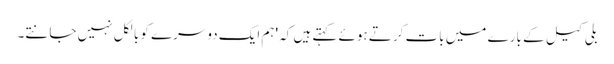
بلی کیل کے بارے میں بات کرتے ہوئے کہتے ہیں کہ 'ہم ایک دوسرے کو بالکل نہیں جانتے۔